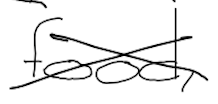
Text: food,
Cross-out: cross
Writing tool: digital_black